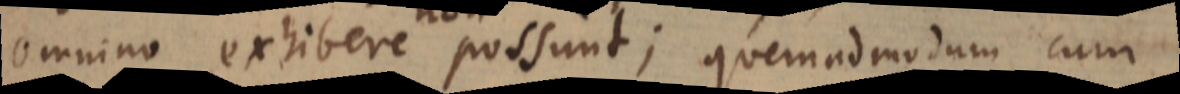
omnino exhibere non possunt; quemadmodum cum